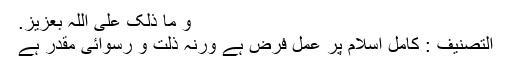
و ما ذلک على اللہ بعزیز.
التصنيف : کامل اسلام پر عمل فرض ہے ورنہ ذلت و رسوائی مقدر ہے